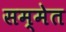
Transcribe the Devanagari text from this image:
सम्मेत